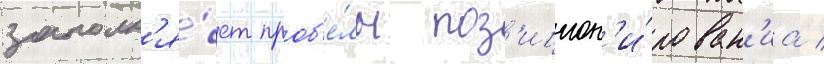
заполн'я́ет проб'е́лы поз'ицион'и́рован'иа /